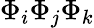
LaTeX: \Phi_{i}\Phi_{j}\Phi_{k}